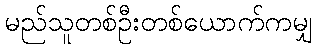
မည်သူတစ်ဦးတစ်ယောက်ကမျှ